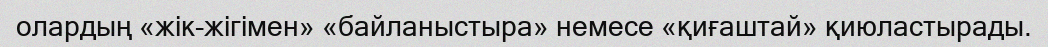
олардың «жік-жігімен» «байланыстыра» немесе «қиғаштай» қиюластырады.